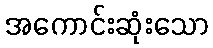
အကောင်းဆုံးသော